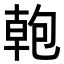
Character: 𭅎